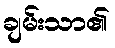
ချမ်းသာ၏